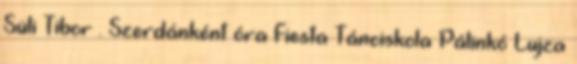
Süli Tibor . Szerdánként óra Fiesta Tánciskola Pálinkó Lujza